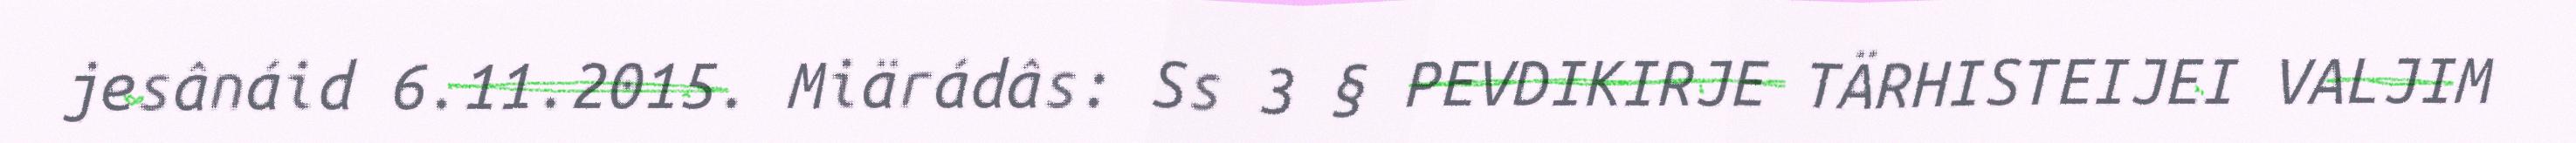
jesânáid 6.11.2015. Miärádâs: Ss 3 § PEVDIKIRJE TÄRHISTEIJEI VALJIM